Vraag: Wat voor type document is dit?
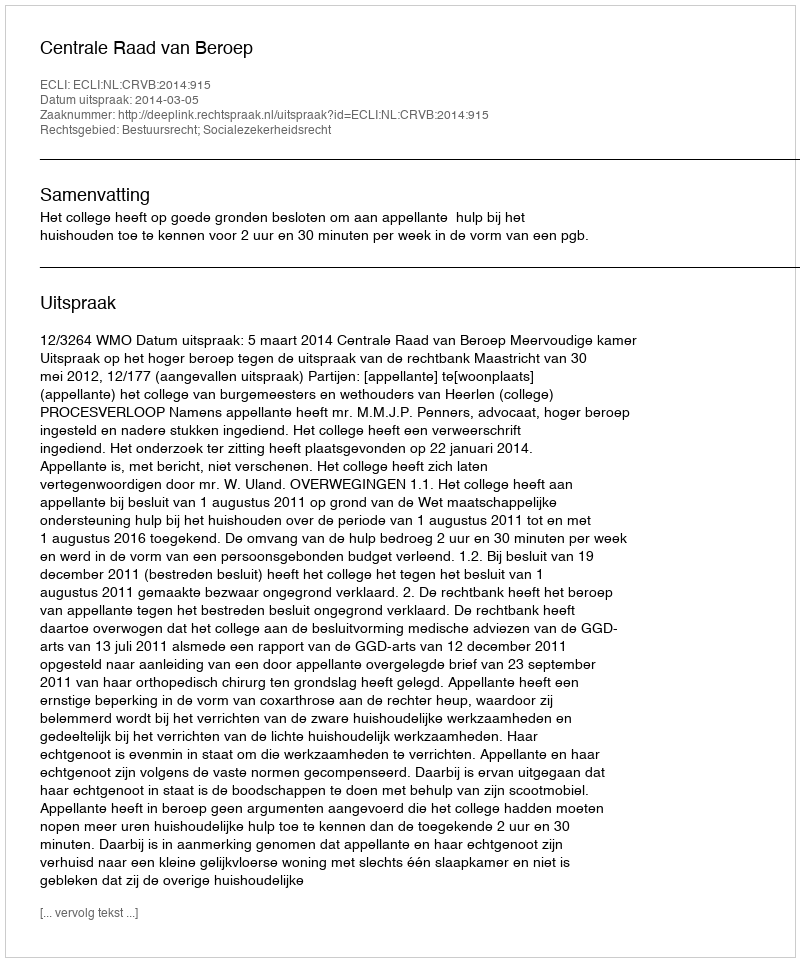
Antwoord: Uitspraak